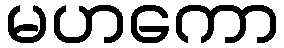
မဟကော